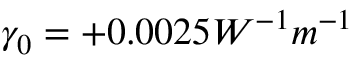
\gamma _ { 0 } = + 0 . 0 0 2 5 W ^ { - 1 } m ^ { - 1 }